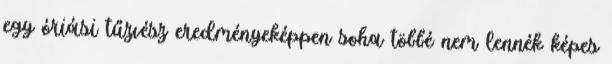
egy óriási tűzvész eredményeképpen soha többé nem lennék képes